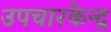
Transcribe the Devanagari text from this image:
उपचारकेन्द्र